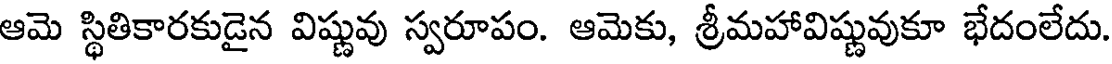
ఆమె స్థితికారకుడైన విష్ణువు స్వరూపం. ఆమెకు, శ్రీమహావిష్ణువుకూ భేదంలేదు.